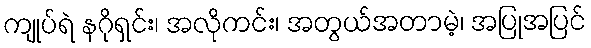
ကျုပ်ရဲ နဂိုရှင်း၊ အလိုကင်း၊ အတွယ်အတာမဲ့၊ အပြုအပြင်